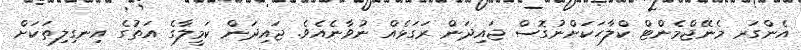
އެންގަރ މެނޭޖްމެންޓް ކްލާހަކަށްނުގޮސް ޖައިދަން ރަގަޅެއް ނުވާނެއެވެ. ޖައިދަން ކަމީލާގެ އަތުގެ އިނގިލިތަކަށް